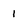
Character: 1